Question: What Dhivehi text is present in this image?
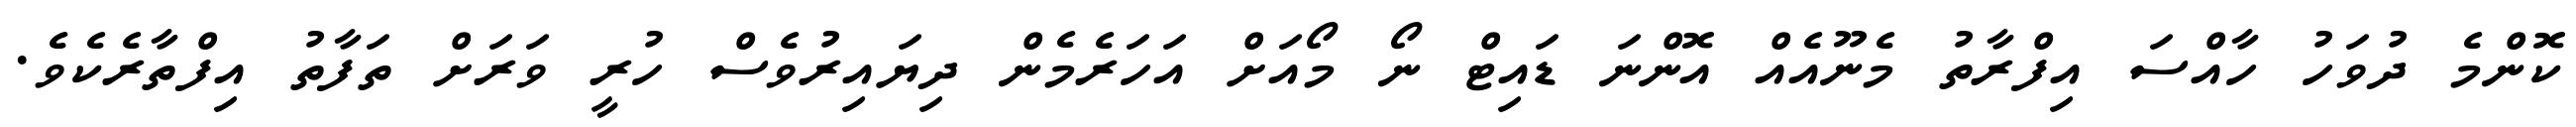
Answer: ކޮންމެ ދުވަހު ހާއްސަ އިފްރާތު މެނޫއެއް އޮންނަ ޑައިޓް ނޯ މޯއަށް އަހަރެމެން ދިޔައިރުވެސް ހުރީ ވަރަށް ތަފާތު އިފްތާރެކެވެ.